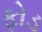
ફોડ